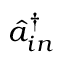
\hat { a } _ { i n } ^ { \dagger }